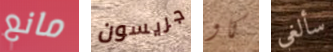
مانع جريسون كاو سألغي